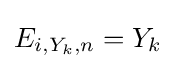
E_{i,Y_{k},n}=Y_{k}